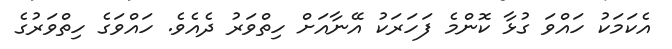
އެކަމަކު ހައްވަ ގުޅާ ކޮންމެ ފަހަރަކު އޭނާއަށް ހިތްވަރު ދެއެވެ. ހައްވަގެ ހިތްވަރުގެ